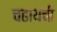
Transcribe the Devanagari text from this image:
चढायची